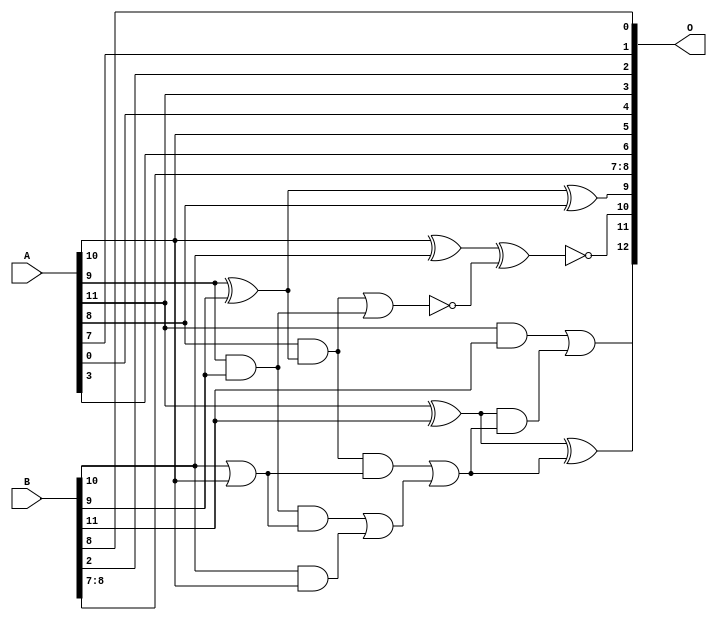
/***
* This code is a part of EvoApproxLib library (ehw.fit.vutbr.cz/approxlib) distributed under The MIT License.
* When used, please cite the following article(s): V. Mrazek, Z. Vasicek and R. Hrbacek, "Role of circuit representation in evolutionary design of energy-efficient approximate circuits" in IET Computers & Digital Techniques, vol. 12, no. 4, pp. 139-149, 7 2018. doi: 10.1049/iet-cdt.2017.0188 
* This file contains a circuit from a sub-set of pareto optimal circuits with respect to the pwr and mre parameters
***/
// MAE% = 1.62 %
// MAE = 133 
// WCE% = 4.49 %
// WCE = 368 
// WCRE% = 1500.00 %
// EP% = 99.81 %
// MRE% = 4.44 %
// MSE = 24176 
// PDK45_PWR = 0.012 mW
// PDK45_AREA = 26.8 um2
// PDK45_DELAY = 0.27 ns

module add12u_2PX(A, B, O);
  input [11:0] A, B;
  output [12:0] O;
  wire n_414, n_251, n_256, n_419, n_237, n_23, n_22, n_21, n_20, n_27;
  wire n_410, n_405, n_38, n_126, n_107, n_303, n_265, n_8, n_9, n_400;
  wire n_4, n_5, n_6, n_7, n_0, n_1, n_2, n_3, n_358, n_18;
  wire n_19, n_16, n_17, n_14, n_15, n_12, n_13, n_10, n_11, n_117;
  wire n_112, n_130;
  assign n_0 = A[0];
  assign n_1 = A[1];
  assign n_2 = A[2];
  assign n_3 = A[3];
  assign n_4 = A[4];
  assign n_5 = A[5];
  assign n_6 = A[6];
  assign n_7 = A[7];
  assign n_8 = A[8];
  assign n_9 = A[9];
  assign n_10 = A[10];
  assign n_11 = A[11];
  assign n_12 = B[0];
  assign n_13 = B[1];
  assign n_14 = B[2];
  assign n_15 = B[3];
  assign n_16 = B[4];
  assign n_17 = B[5];
  assign n_18 = B[6];
  assign n_19 = B[7];
  assign n_20 = B[8];
  assign n_21 = B[9];
  assign n_22 = B[10];
  assign n_23 = B[11];
  assign n_27 = n_22 & n_10;
  assign n_38 = n_22 | n_10;
  assign n_107 = n_9 ^ n_21;
  assign n_112 = n_9 & n_21;
  assign n_117 = n_10 ^ n_22;
  assign n_126 = n_11 ^ n_23;
  assign n_130 = n_11 & n_23;
  assign n_237 = n_8 & n_107;
  assign n_251 = n_112 & n_38;
  assign n_256 = n_251 | n_27;
  assign n_265 = n_237 & n_38;
  assign n_303 = n_265 | n_256;
  assign n_358 = ~(n_237 | n_112);
  assign n_400 = n_107 ^ n_8;
  assign n_405 = ~(n_117 ^ n_358);
  assign n_410 = n_126 ^ n_303;
  assign n_414 = n_126 & n_303;
  assign n_419 = n_130 | n_414;
  assign O[0] = n_20;
  assign O[1] = n_7;
  assign O[2] = n_14;
  assign O[3] = n_11;
  assign O[4] = n_0;
  assign O[5] = n_10;
  assign O[6] = n_3;
  assign O[7] = n_19;
  assign O[8] = n_20;
  assign O[9] = n_400;
  assign O[10] = n_405;
  assign O[11] = n_410;
  assign O[12] = n_419;
endmodule